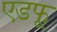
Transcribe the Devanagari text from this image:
एडफू